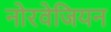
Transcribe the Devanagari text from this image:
नोरवेजियन